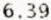
6.39